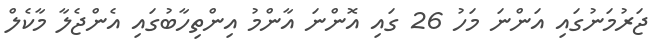
ޖަރުމަނުގައި އަންނަ މަހު 26 ގައި އޮންނަ އާންމު އިންތިހާބުގައި އެންޖެލާ މާކެލް